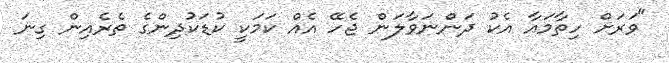
"ވަރަށް ހިތާމައާ އެކު ދަންނަވާލަން ޖެހޭ އެއް ކަމަކީ ކުޑަކުދިންގެ ތެރެއިން ގިނަ